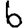
Digit: 6